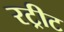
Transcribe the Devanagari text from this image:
रट्रीट